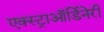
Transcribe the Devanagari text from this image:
एक्स्ट्राऑर्डिनेरी